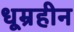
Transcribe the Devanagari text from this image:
धूम्रहीन